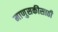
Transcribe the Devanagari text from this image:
माणुसकीसाठी